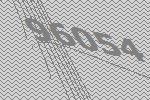
96054